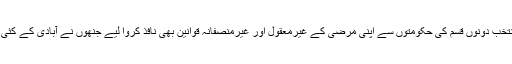
پاکستان میں ان فتنہ پردازوں کا زور اتنا بڑھا کہ انھوں نے منتخب اور غیرمنتخب دونوں قسم کی حکومتوں سے اپنی مرضی کے غیرمعقول اور غیرمنصفانہ قوانین بھی نافذ کروا لیے جنھوں نے آبادی کے کئی طبقوں، خصوصاً عورتوں اور مذہبی اقلیتوں کی زندگی اجیرن کر رکھی ہے۔